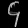
Digit: ၄